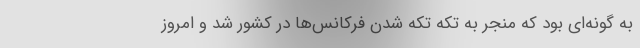
به گونه‌ای بود که منجر به تکه تکه شدن فرکانس‌ها در کشور شد و امروز